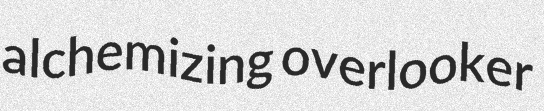
alchemizing overlooker